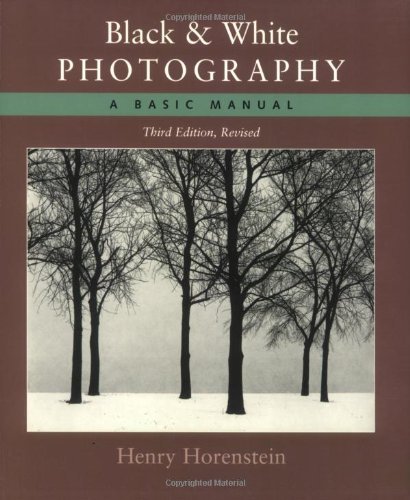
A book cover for Black and White Photography: A Basic Manual Third Revised Edition [Paperback] [March 2004] (Author) Henry Horenstein; Arts & Photography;